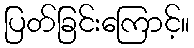
ပြတ်ခြင်းကြောင့်။